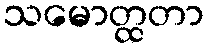
သမောတ္ထတာ